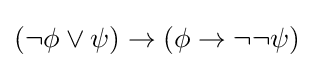
(\neg \phi \lor \psi )\to (\phi \to \neg \neg \psi )